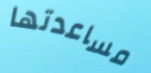
مساعدتها